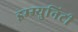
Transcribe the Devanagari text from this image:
इम्म्युनिटी